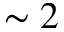
\sim 2